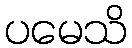
ပမေသိ